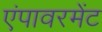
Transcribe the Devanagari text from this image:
एंपावरमेंट